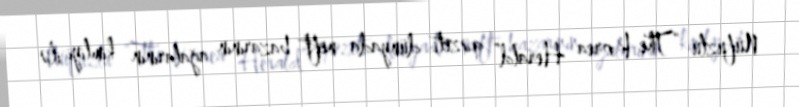
Nüfuzlu “The Korea Herald” qəzeti dünyada neft bazarının ağalarının kimliyi ilə